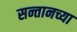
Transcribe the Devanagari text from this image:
सन्तानच्या